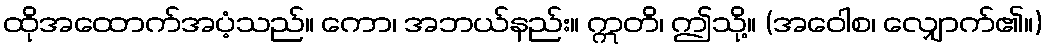
ထိုအထောက်အပံ့သည်။ ကော၊ အဘယ်နည်း။ ဣတိ၊ ဤသို့။ (အဝေါစ၊ လျှောက်၏။)